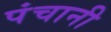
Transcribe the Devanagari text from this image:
पंचानी